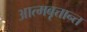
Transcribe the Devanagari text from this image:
आत्मबृत्तान्त